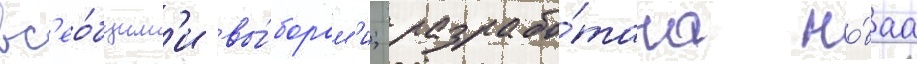
вс'ео́бщим'и вы́борам'и; разрабо́тана но́ваа